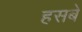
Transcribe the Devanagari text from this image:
हसबे